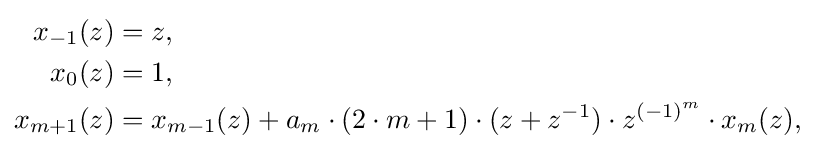
{\begin{aligned}x_{-1}(z)&=z,\\x_{0}(z)&=1,\\x_{m+1}(z)&=x_{m-1}(z)+a_{m}\cdot (2\cdot m+1)\cdot (z+z^{-1})\cdot z^{(-1)^{m}}\cdot x_{m}(z),\end{aligned}}